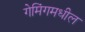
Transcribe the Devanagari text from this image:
गेमिंगमधील